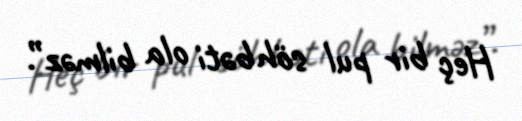
Heç bir pul söhbəti ola bilməz”.